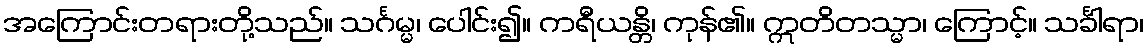
အကြောင်းတရားတို့သည်။ သင်္ဂမ္မ၊ ပေါင်း၍။ ကရီယန္တိ၊ ကုန်၏။ ဣတိတသ္မာ၊ ကြောင့်။ သင်္ခါရာ၊